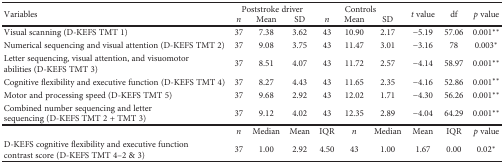
<table><thead><tr><td rowspan="2"><b>Variables</b></td><td colspan="3"><b>Poststroke driver</b></td><td colspan="3"><b>Controls</b></td><td rowspan="2"><b><i>t</i> value</b></td><td rowspan="2"><b>df</b></td><td rowspan="2"><b><i>p</i> value</b></td></tr><tr><td><b><i>n</i></b></td><td><b>Mean</b></td><td><b>SD</b></td><td><b><i>n</i></b></td><td><b>Mean</b></td><td><b>SD</b></td></tr></thead><tbody><tr><td>Visual scanning (D-KEFS TMT 1)</td><td>37</td><td>7.38</td><td>3.62</td><td>43</td><td>10.90</td><td>2.17</td><td>−5.19</td><td>57.06</td><td>0.001<sup>∗∗</sup></td></tr><tr><td>Numerical sequencing and visual attention (D-KEFS TMT 2)</td><td>37</td><td>9.08</td><td>3.75</td><td>43</td><td>11.47</td><td>3.01</td><td>−3.16</td><td>78</td><td>0.003<sup>∗</sup></td></tr><tr><td>Letter sequencing, visual attention, and visuomotor abilities (D-KEFS TMT 3)</td><td>37</td><td>8.51</td><td>4.07</td><td>43</td><td>11.72</td><td>2.57</td><td>−4.14</td><td>58.97</td><td>0.001<sup>∗∗</sup></td></tr><tr><td>Cognitive flexibility and executive function (D-KEFS TMT 4)</td><td>37</td><td>8.27</td><td>4.43</td><td>43</td><td>11.65</td><td>2.35</td><td>−4.16</td><td>52.86</td><td>0.001<sup>∗∗</sup></td></tr><tr><td>Motor and processing speed (D-KEFS TMT 5)</td><td>37</td><td>9.68</td><td>2.92</td><td>43</td><td>12.02</td><td>1.71</td><td>−4.30</td><td>56.26</td><td>0.001<sup>∗∗</sup></td></tr><tr><td>Combined number sequencing and letter sequencing (D-KEFS TMT 2 + TMT 3)</td><td>37</td><td>9.12</td><td>4.02</td><td>43</td><td>12.35</td><td>2.89</td><td>−4.04</td><td>64.29</td><td>0.001<sup>∗∗</sup></td></tr><tr><td></td><td><i>n</i></td><td>Median</td><td>Mean</td><td>IQR</td><td><i>n</i></td><td>Median</td><td>Mean</td><td>IQR</td><td><i>p</i> value</td></tr><tr><td>D-KEFS cognitive flexibility and executive function contrast score (D-KEFS TMT 4–2 &amp; 3)</td><td>37</td><td>1.00</td><td>2.92</td><td>4.50</td><td>43</td><td>1.00</td><td>1.67</td><td>0.00</td><td>0.02<sup>∗</sup></td></tr></tbody></table>